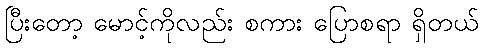
ပြီးတော့ မောင့်ကိုလည်း စကား ပြောစရာ ရှိတယ်